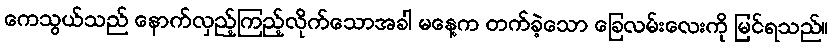
ကေသွယ်သည် နောက်လှည့်ကြည့်လိုက်သောအခါ မနေ့က တက်ခဲ့သော ခြေလမ်းလေးကို မြင်ရသည်။